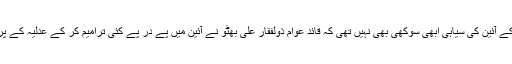
۳۷۹۱؁ کے آئین کی سیاہی ابھی سوکھی بھی نہیں تھی کہ قائدِ عوام ذولفقار علی بھٹو نے آئین میں پے در پے کئی ترامیم کر کے عدلیہ کے پر کاٹ دئے۔